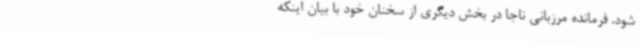
شود. فرمانده مرزبانی ناجا در بخش دیگری از سخنان خود با بیان اینکه